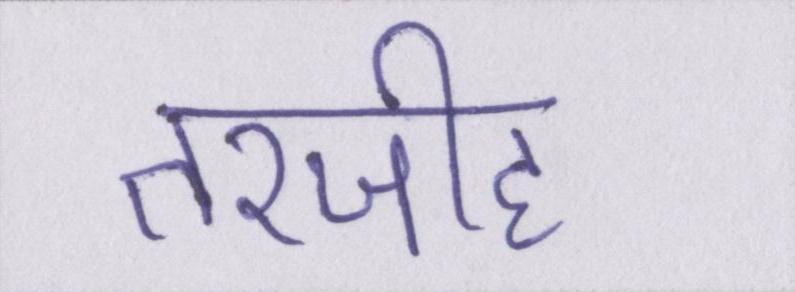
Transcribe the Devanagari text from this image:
तरजीह